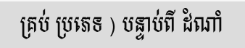
គ្រប់ ប្រភេទ ) បន្ទាប់ពី ដំណាំ